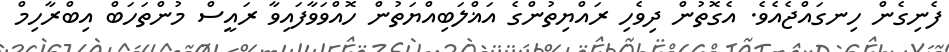
ފެނިގެން ހިނގައްޖެއެވެ. އެގޮތުން ދިވެހި ރައްޔިތުންގެ އަޣްލަބިއްޔަތުން ހޮއްވަވާފައިވާ ރައީސް މުންތަހަބް އިބްރާހިމް